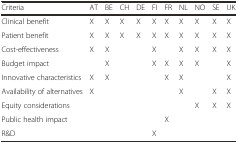
<table><thead><tr><td><b>Criteria</b></td><td><b>AT</b></td><td><b>BE</b></td><td><b>CH</b></td><td><b>DE</b></td><td><b>FI</b></td><td><b>FR</b></td><td><b>NL</b></td><td><b>NO</b></td><td><b>SE</b></td><td><b>UK</b></td></tr></thead><tbody><tr><td>Clinical benefit</td><td>X</td><td>X</td><td>X</td><td>X</td><td>X</td><td>X</td><td>X</td><td>X</td><td>X</td><td>X</td></tr><tr><td>Patient benefit</td><td>X</td><td>X</td><td>X</td><td>X</td><td>X</td><td>X</td><td>X</td><td>X</td><td>X</td><td>X</td></tr><tr><td>Cost-effectiveness</td><td>X</td><td>X</td><td></td><td></td><td>X</td><td></td><td>X</td><td>X</td><td>X</td><td>X</td></tr><tr><td>Budget impact</td><td></td><td>X</td><td></td><td></td><td>X</td><td>X</td><td>X</td><td>X</td><td></td><td>X</td></tr><tr><td>Innovative characteristics</td><td>X</td><td>X</td><td></td><td></td><td></td><td>X</td><td>X</td><td></td><td></td><td>X</td></tr><tr><td>Availability of alternatives</td><td>X</td><td></td><td></td><td></td><td></td><td></td><td>X</td><td></td><td>X</td><td>X</td></tr><tr><td>Equity considerations</td><td></td><td></td><td></td><td></td><td></td><td></td><td></td><td>X</td><td>X</td><td>X</td></tr><tr><td>Public health impact</td><td></td><td></td><td></td><td></td><td></td><td>X</td><td></td><td></td><td></td><td></td></tr><tr><td>R&amp;D</td><td></td><td></td><td></td><td></td><td>X</td><td></td><td></td><td></td><td></td><td></td></tr></tbody></table>